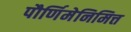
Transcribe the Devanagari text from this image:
पौर्णिमेनिमित्त